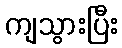
ကျသွားပြီး